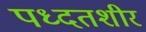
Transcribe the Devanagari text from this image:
पध्दतशीर